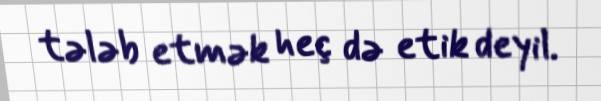
tələb etmək heç də etik deyil.